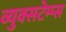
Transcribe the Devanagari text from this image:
व्युक्सटेम्प्स